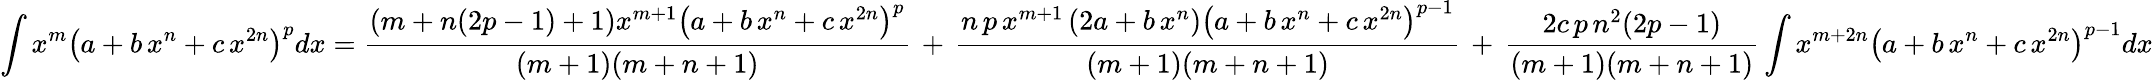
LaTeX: \int x^{m}\left(a+b\, x^{n}+c\, x^{2n}\right)^{p}dx={\frac{(m+n(2p-1)+1)x^{m+1}\left(a+b\, x^{n}+c\, x^{2n}\right)^{p}}{(m+1)(m+n+1)}}\, +\, {\frac{n\, p\, x^{m+1}\left(2a+b\, x^{n}\right)\left(a+b\, x^{n}+c\, x^{2n}\right)^{p-1}}{(m+1)(m+n+1)}}\, +\, {\frac{2c\, p\, n^{2}(2p-1)}{(m+1)(m+n+1)}}\int x^{m+2n}\left(a+b\, x^{n}+c\, x^{2n}\right)^{p-1}dx